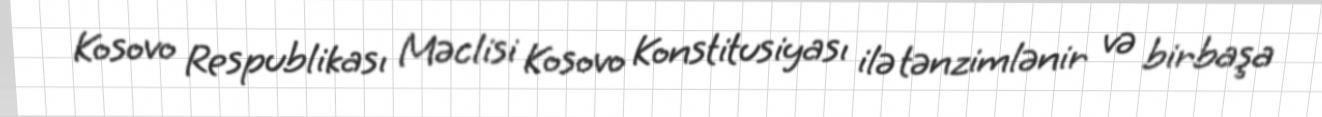
Kosovo Respublikası Məclisi Kosovo Konstitusiyası ilə tənzimlənir və birbaşa